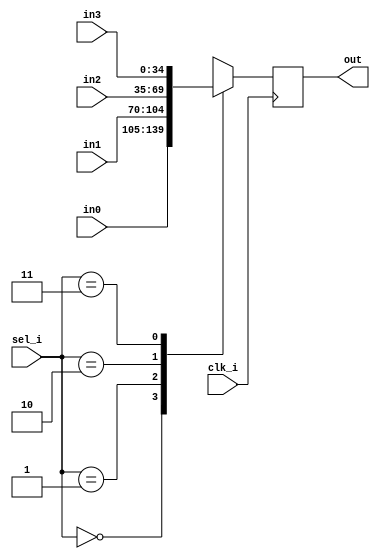
//module SURF_debug_multiplexer( input [34:0] in0,
//										 input [34:0] in1,
//										 input [34:0] in2,
//										 input [34:0] in3,
//										 output [5:0] vio_out,										 
//										 input clk_i,
//										 input MSEL,
//										 input MTCK,
//										 input MTMS,
//										 input MTDI,
//										 output MTDO
//										);
//	// ChipScope debugging cores.
//	wire [35:0] ila_control;
//	wire [35:0] vio_control;
//	wire [7:0] vio_async_in;
//	wire [1:0] sel_i = vio_async_in[1:0];
//	assign vio_out = vio_async_in[7:2];
//	reg [34:0] mux_reg = {35{1'b0}};
//	always @(posedge clk_i) begin
//		case (sel_i)
//			2'b00: mux_reg <= in0;
//			2'b01: mux_reg <= in1;
//			2'b10: mux_reg <= in2;
//			2'b11: mux_reg <= in3;
//		endcase
//	end
//
//	assign out = mux_reg;
//	// This doesn't seem to quite work - let's hold off on this for now.
//	/*
//	wire iUPDATE, iSHIFT, iRESET, iTDI, iSEL1, iDRCK1, iSEL2, iDRCK2, iCAPTURE;
//	wire iTDO2 = iTDI;
//	wire TDO;
//	bscan_equiv u_bscan_equiv(.JTCK(MTCK),.JTMS(MTMS),.JTDO(MTDO),.JTDI(MTDI),
//							  .UPDATE(iUPDATE),.SHIFT(iSHIFT),.RESET(iRESET),
//							  .TDI(iTDI),.SEL1(iSEL1),.SEL2(iSEL2),.DRCK1(iDRCK1),.DRCK2(iDRCK2),
//							  .CAPTURE(iCAPTURE),.TDO1(TDO),.TDO2(iTDO2));
//	wire jUPDATE, jSHIFT, jRESET, jTDI, jSEL1, jDRCK1, jSEL2, jDRCK2, jCAPTURE;
//	wire jTDO2 = jTDI;
//*/
////	BSCAN_SPARTAN3 u_bscan(.UPDATE(jUPDATE),.SHIFT(jSHIFT),.RESET(jRESET),
////								  .TDI(jTDI),.SEL1(jSEL1),.SEL2(jSEL2),.DRCK1(jDRCK1),.DRCK2(jDRCK2),
////								  .CAPTURE(jCAPTURE),.TDO1(TDO),.TDO2(jTDO2));
//	
////	wire UPDATE, SHIFT, RESET, TDI, SEL1, DRCK1, CAPTURE;
////	assign UPDATE = jUPDATE;
////	assign SHIFT = jSHIFT;
////	assign RESET = jRESET;
////	assign TDI = jTDI;
////	assign DRCK1 = jDRCK1;
////	assign CAPTURE = jCAPTURE;
////	assign SEL1 = jSEL1;
//	(* BOX_TYPE = "black_box" *)
//	cs_icon u_icon(.CONTROL0(ila_control),.CONTROL1(vio_control));
////	cs_icon u_icon(.CONTROL0(ila_control),.CONTROL1(vio_control),
////						.TDO_OUT(TDO),
////						.TDI_IN(TDI),
////						.RESET_IN(RESET),
////						.SHIFT_IN(SHIFT),
////						.UPDATE_IN(UPDATE),
////						.CAPTURE_IN(CAPTURE),
////						.SEL_IN(SEL1),
////						.DRCK_IN(DRCK1));
//	(* BOX_TYPE = "black_box" *)
////	cs_ila u_ila(.CONTROL(ila_control),.CLK(clk33),.TRIG0(debug_muxer));
//	cs_ila u_ila(.CONTROL(ila_control),.CLK(clk_i),.TRIG0(mux_reg));
//	(* BOX_TYPE = "black_box" *)
//	cs_vio u_vio(.CONTROL(vio_control),.ASYNC_OUT(vio_async_in));
//										 
//endmodule

module SURF_debug_multiplexer( input [34:0] in0,
										 input [34:0] in1,
										 input [34:0] in2,
										 input [34:0] in3,
										 input clk_i,
										 input [1:0] sel_i,
										 output [34:0] out);
	reg [34:0] mux_reg = {35{1'b0}};
	always @(posedge clk_i) begin
		case (sel_i)
			2'b00: mux_reg <= in0;
			2'b01: mux_reg <= in1;
			2'b10: mux_reg <= in2;
			2'b11: mux_reg <= in3;
		endcase
	end

	assign out = mux_reg;

endmodule